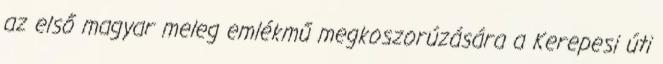
az első magyar meleg emlékmű megkoszorúzására a Kerepesi úti